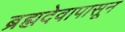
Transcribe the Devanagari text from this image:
ब्रह्मदेवापासून